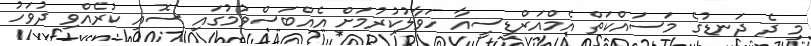
މި ދެ ދަނޑުގެ މަސައްކަތް އެމްއަރްޑީސީއާ ހަވާލުކުރުމަށް އެއްބަސްވުމުގައި ސޮއި ކުރެއްވި ދުވަހު